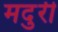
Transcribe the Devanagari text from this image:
मदुरी